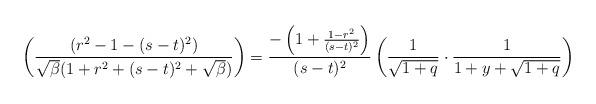
LaTeX: \begin{align*} \left(\frac{(r^{2}-1-(s-t)^{2})}{\sqrt{\beta} (1+r^{2}+(s-t)^{2}+\sqrt{\beta})}\right)&=\frac{-\left(1+\frac{1-r^{2}}{(s-t)^{2}}\right)}{(s-t)^{2}} \left(\frac{1}{\sqrt{1+q}}\cdot \frac{1}{1+y+\sqrt{1+q}}\right)\end{align*}